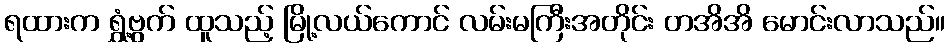
ရထားက ရွှံ့ဗွက် ထူသည့် မြို့လယ်ကောင် လမ်းမကြီးအတိုင်း တအိအိ မောင်းလာသည်။